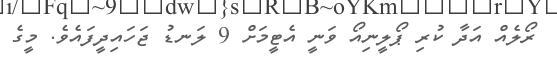
ރޯލެއް އަދާ ކުރި ޕޯލީނިއޯ ވަނީ އެޓީމަށް 9 ލަނޑު ޖަހައިދީފައެވެ. މީގެ